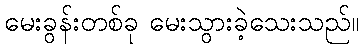
မေးခွန်းတစ်ခု မေးသွားခဲ့သေးသည်။